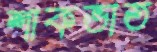
শাকভাত